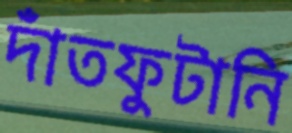
দাঁতফুটানি